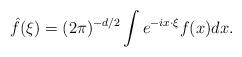
LaTeX: \begin{align*}\hat{f}(\xi) = (2 \pi)^{-d/2} \int e^{-ix \cdot \xi} f(x) dx.\end{align*}